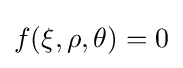
f(\xi ,\rho ,\theta )=0